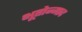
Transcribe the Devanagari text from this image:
भूतोन्माद